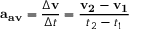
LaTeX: \mathbf { a _ { a v } } = { \frac { \Delta \mathbf { v } } { \Delta t } } = { \frac { \mathbf { v _ { 2 } } - \mathbf { v _ { 1 } } } { t _ { 2 } - t _ { 1 } } }